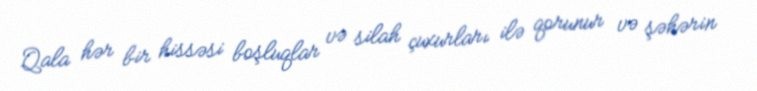
Qala hər bir hissəsi boşluqlar və silah çuxurları ilə qorunur və şəhərin